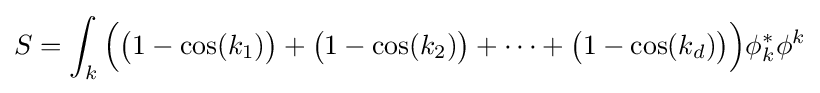
S=\int _{k}{\Big (}{\big (}1-\cos(k_{1}){\big )}+{\big (}1-\cos(k_{2}){\big )}+\cdots +{\big (}1-\cos(k_{d}){\big )}{\Big )}\phi _{k}^{*}\phi ^{k}